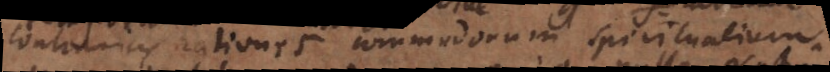
contrarias rationes commodorum spiritualium.